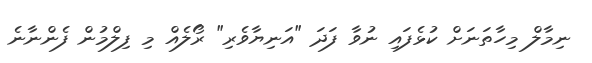
ނިމާލް މިހާތަނަށް ކުޅެފައި ނުވާ ފަދަ "އަނިޔާވެރި" ރޯލެއް މި ފިލްމުން ފެންނާނެ